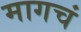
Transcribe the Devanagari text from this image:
मागचं